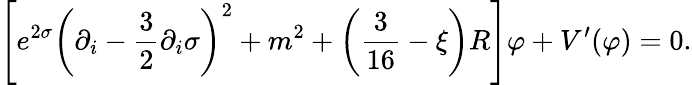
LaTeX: \left[e^{2\sigma}\left(\partial_{i}-\frac{3}{2}\partial_{i}\sigma\right)^{2}+m^{2}+\left(\frac{3}{16}-\xi\right)R\right]\varphi+V^{\prime}(\varphi)=0.